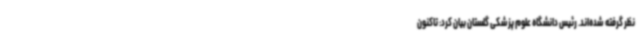
نظر گرفته شده‌اند. رئیس دانشگاه علوم پزشکی گلستان بیان کرد: تاکنون